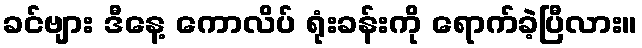
ခင်ဗျား ဒီနေ့ ကောလိပ် ရုံးခန်းကို ရောက်ခဲ့ပြီလား။